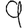
Digit: 9